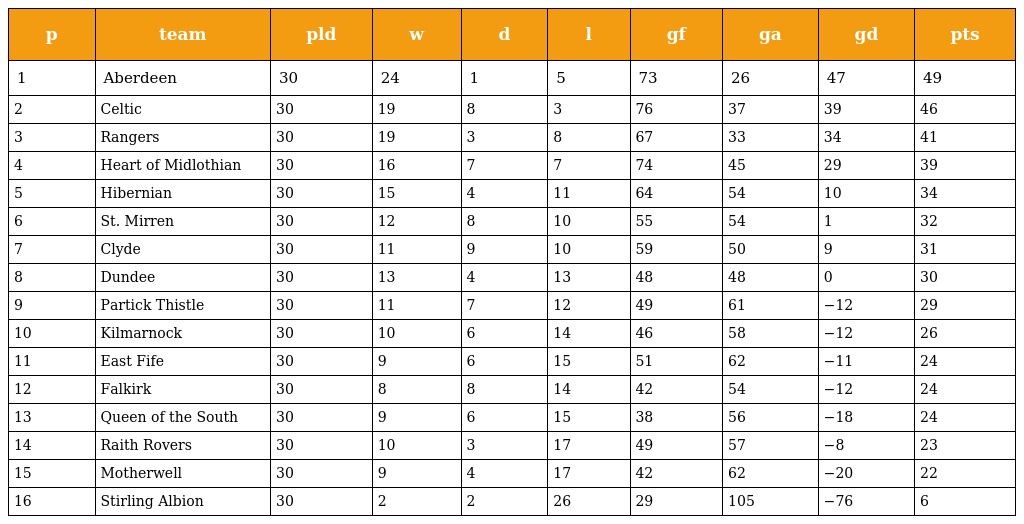
| p | team | pld | w | d | l | gf | ga | gd | pts |
 | --- | --- | --- | --- | --- | --- | --- | --- | --- | --- |
 | 1 | Aberdeen | 30 | 24 | 1 | 5 | 73 | 26 | 47 | 49 |
 | 2 | Celtic | 30 | 19 | 8 | 3 | 76 | 37 | 39 | 46 |
 | 3 | Rangers | 30 | 19 | 3 | 8 | 67 | 33 | 34 | 41 |
 | 4 | Heart of Midlothian | 30 | 16 | 7 | 7 | 74 | 45 | 29 | 39 |
 | 5 | Hibernian | 30 | 15 | 4 | 11 | 64 | 54 | 10 | 34 |
 | 6 | St. Mirren | 30 | 12 | 8 | 10 | 55 | 54 | 1 | 32 |
 | 7 | Clyde | 30 | 11 | 9 | 10 | 59 | 50 | 9 | 31 |
 | 8 | Dundee | 30 | 13 | 4 | 13 | 48 | 48 | 0 | 30 |
 | 9 | Partick Thistle | 30 | 11 | 7 | 12 | 49 | 61 | −12 | 29 |
 | 10 | Kilmarnock | 30 | 10 | 6 | 14 | 46 | 58 | −12 | 26 |
 | 11 | East Fife | 30 | 9 | 6 | 15 | 51 | 62 | −11 | 24 |
 | 12 | Falkirk | 30 | 8 | 8 | 14 | 42 | 54 | −12 | 24 |
 | 13 | Queen of the South | 30 | 9 | 6 | 15 | 38 | 56 | −18 | 24 |
 | 14 | Raith Rovers | 30 | 10 | 3 | 17 | 49 | 57 | −8 | 23 |
 | 15 | Motherwell | 30 | 9 | 4 | 17 | 42 | 62 | −20 | 22 |
 | 16 | Stirling Albion | 30 | 2 | 2 | 26 | 29 | 105 | −76 | 6 |